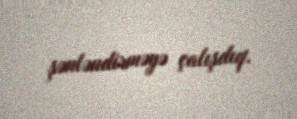
şənləndirməyə çalışdıq.